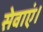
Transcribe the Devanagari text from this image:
सेवाएं।